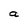
Character: a